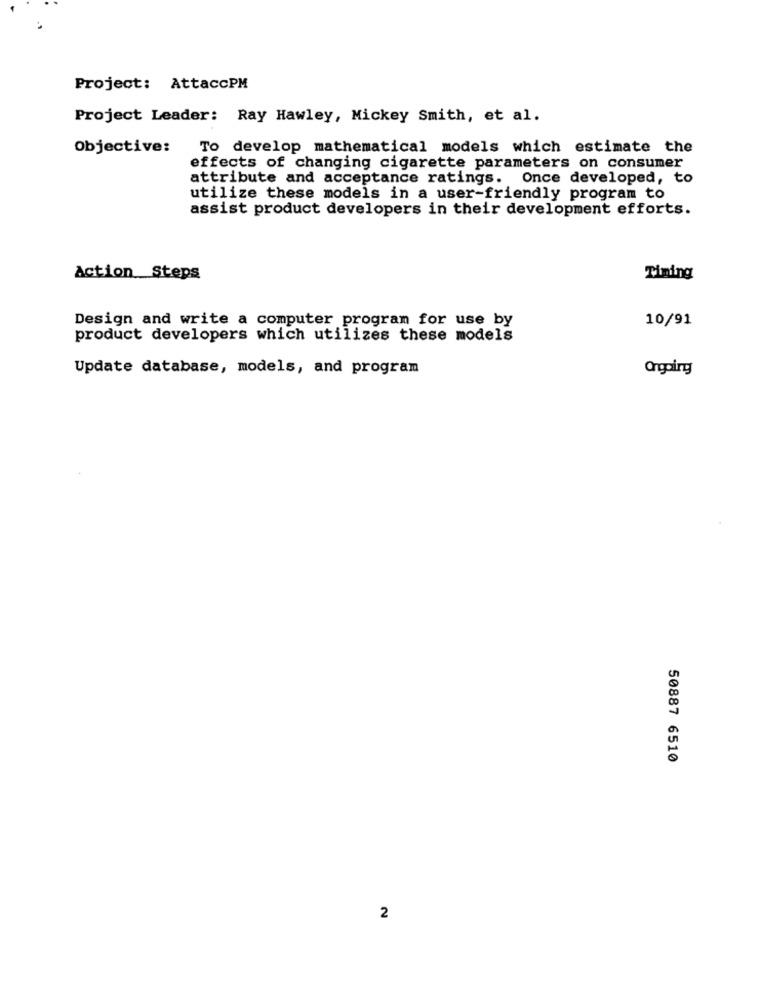
Project: AttaccPM
Project Leader: Ray Hawley, Mickey Smith, et al.
Objective:
To develop mathematical models which estimate the
effects of changing cigarette parameters on consumer
attribute and acceptance ratings. Once developed, to
utilize these models in a user-friendly program to
assist product developers in their development efforts.
Action Steps
Timing
Design and write a computer program for use by
10/91
product developers which utilizes these models
Update database, models, and program
Orgoing
50887 6510
2